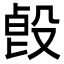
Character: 㲃